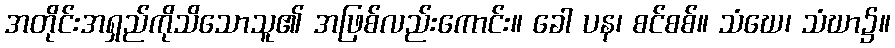
အတိုင်းအရှည်ကိုသိသောသူ၏ အဖြစ်လည်းကောင်း။ ခေါ ပန၊ စင်စစ်။ သံဃေ၊ သံဃာ၌။